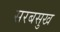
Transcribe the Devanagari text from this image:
सरबसुख